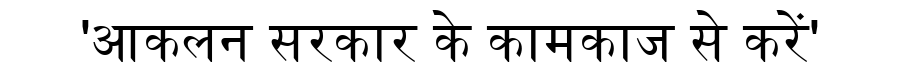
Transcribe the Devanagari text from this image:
'आकलन सरकार के कामकाज से करें'